Sanitation, dispensaries and jails vaccination Rajputana 1922-1927 - 1922-1927
Year: 1922
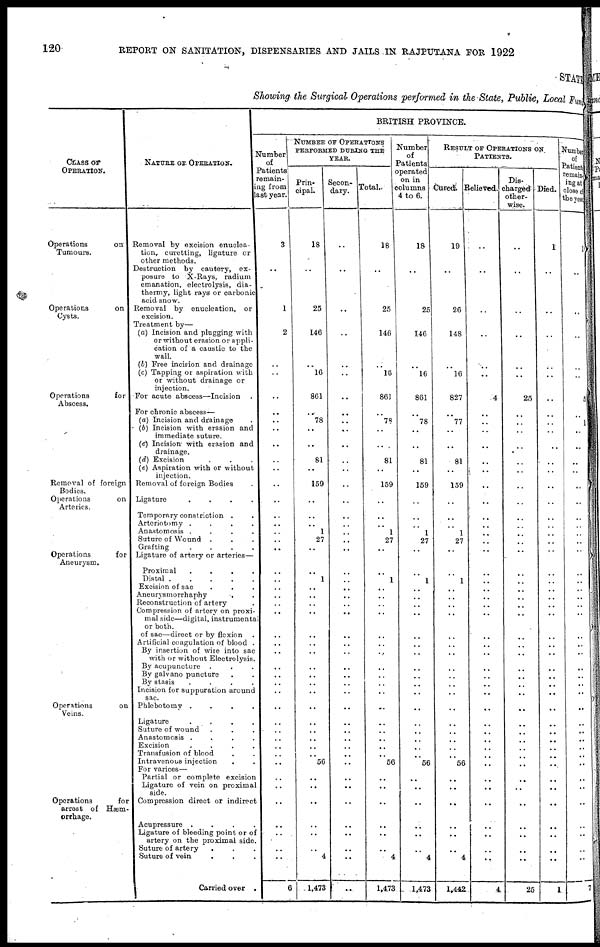
120
REPORT ON SANITATION, DISPENSARIES AND JAILS IN RAJPUTANA FOR 1922
STATE
Showing the Surgical Operations performed in the State, Public, Local Fund
CLASS OF
OPERATION.
Operations
on
Tumours.
Operations
on
Cysts.
Operations
for
Abscess.
Removal of foreign
Bodies.
Operations
on
Arteries.
Operations
for
Aneurysm.
Operations
on
Veins.
Operations
for
arrest of Hæm-
orrhage.
NATURE OF OPERATION.
Removal by excision enuclea-
tion, curetting, ligature or
other methods.
Destruction by cautery, ex-
posure to X-Rays, radium
emanation, electrolysis, dia-
thermy, light rays or carbonic
acid snow.
Removal by enucleation, or
excision.
Treatment by—
(a) Incision and plugging with
or without erasion or appli-
cation of a caustic to the
wall.
(b) Free incision and drainage
(c) Tapping or aspiration with
or without drainage or
injection.
For acute abscess—Incision.
For chronic abscess—
(a) Incision and drainage
(b) Incision with erasion and
immediate suture.
(c) Incision with erasion and
drainage.
(d) Excision...
(e) Aspiration with or without
injection.
Removal of foreign Bodies
Ligature....
Temporary constriction..
Arteriotomy....
Anastomosis....
Suture of Wound...
Grafting....
Ligature of artery or arteries—
Proximal....
Distal.....
Excision of sac...
Aneurysmorrhaphy..
Reconstruction of artery.
Compression of artery on proxi-
mal side—digital, instrumental
or both.
of sac—direct or by flexion.
Artificial coagulation of blood.
By insertion of wire into sac
with or without Electrolysis.
By acupuncture...
By galvano puncture..
By stasis....
Incision for suppuration around
sac.
Phlebotomy....
Ligature....
Suture of wound...
Anastomosis....
Excision....
Transfusion of blood..
Intravenous injection
For varices—
Partial or complete excision
Ligature of vein on proximal
side.
Compression direct or indirect
Acupressure....
Ligature of bleeding point or of
artery on the proximal side.
Suture of artery...
Suture of vein...
Carried over.
BRITISH PROVINCE.
Number
of
Patients
remain-
ing from
last year.
3
..
1
2
..
..
..
..
..
..
..
..
..
..
..
..
..
..
..
..
..
..
..
..
..
..
..
..
..
..
..
..
..
..
..
..
..
.. ..
..
..
..
..
..
..
..
..
6
NUMBER OF OPERATIONS
PERFORMED DURING THE
YEAR.
Prin-
cipal.
18
..
25
146
..
16
861
..
78
..
..
81
..
159
..
..
..
1
27
..
..
1
..
..
..
..
,.
..
..
..
..
..
..
..
..
..
..
..
..
56
..
..
..
..
..
..
4
1,473
Secon-
dary.
..
..
..
..
..
..
..
..
..
..
..
..
..
..
..
..
..
..
..
..
..
..
..
..
..
..
..
..
..
..
..
..
..
..
..
..
..
.. ..
..
..
..
..
..
..
..
..
..
Total.
18
..
25
146
..
16
861
..
78
..
..
81
..
159
..
..
..
1
27
..
..
1
..
..
..
..
..
..
..
..
..
..
..
..
..
..
..
..
..
56
..
..
..
..
..
.. 4
1,473
Number
of
Patients
operated
on in
columns
4 to 6.
18
..
25
146
..
16
861
..
78
..
..
81
..
159
..
..
..
1
27
..
..
1
..
..
..
..
..
..
..
..
..
..
..
..
..
..
..
.. ..
56
..
..
..
..
..
.. 4
1,473
RESULT OF OPERATIONS ON
PATIENTS.
Cured.
19
..
26
148
..
16
827
..
77
..
..
81
..
159
..
..
..
1
27
..
..
1
..
..
..
..
..
..
..
..
..
..
..
..
..
..
..
..
..
56
..
..
..
..
..
..
4
1,442
Relieved.
..
..
..
..
..
..
4
..
..
..
..
..
..
..
..
..
..
..
..
..
..
..
..
..
..
..
..
..
..
..
..
..
..
..
..
..
..
.. ..
..
..
..
..
..
..
..
..
4
Dis¬
charged
other-
wise.
..
..
..
..
..
..
25
..
..
..
..
..
..
..
..
..
..
..
..
..
..
..
..
..
..
..
..
..
..
..
..
..
..
..
..
..
..
..
..
..
..
..
..
..
..
..
..
25
Died.
1
..
..
..
..
..
..
..
..
..
..
..
..
..
..
..
..
..
..
..
..
..
..
..
..
..
..
..
..
..
..
..
..
..
..
..
..
..
..
..
..
..
..
..
..
..
..
1
Number
of
Patients
remain¬
ing at
close of
the year
1
..
..
..
..
..
5
..
1
..
..
..
..
..
..
..
..
..
..
..
..
..
..
..
..
..
..
..
..
..
..
..
..
..
..
..
..
..
..
..
..
..
..
..
..
..
..
7